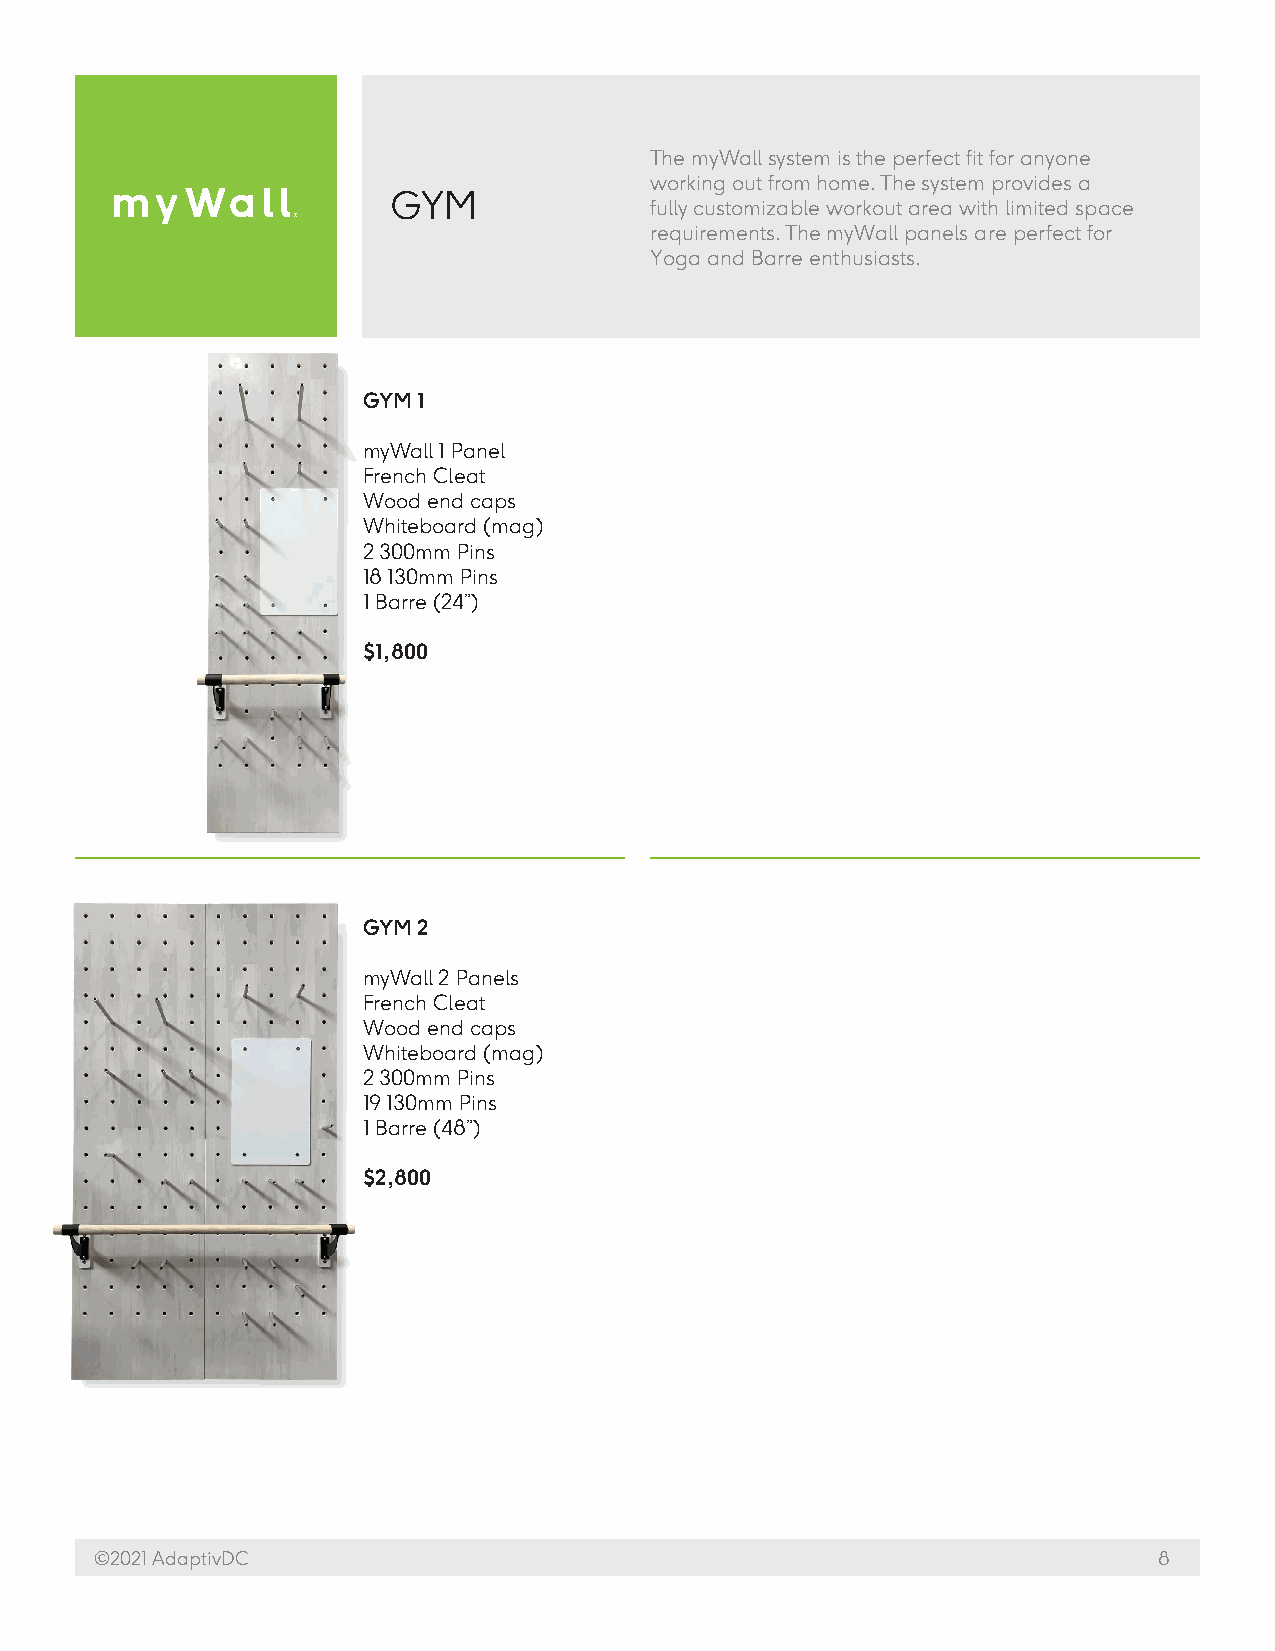
The myWall system is the perfect fit for anyone
 working out from home. The system provides a
 GYM
 fully customizable workout area with limited space
 requirements. The myWall panels are perfect for
 Yoga and Barre enthusiasts.
 GYM 1
 myWall 1 Panel
 French Cleat
 Wood end caps
 Whiteboard (mag)
 2 300mm Pins
 18 130mm Pins
 1 Barre (24”)
 $1,800
 GYM 2
 myWall 2 Panels
 French Cleat
 Wood end caps
 Whiteboard (mag)
 2 300mm Pins
 19 130mm Pins
 1 Barre (48”)
 $2,800
 ©2021 AdaptivDC                                                        8